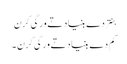
بنتر دے بنیاد تے ورگی کرن
کم دے بنیاد تے ورگی کرن ۔